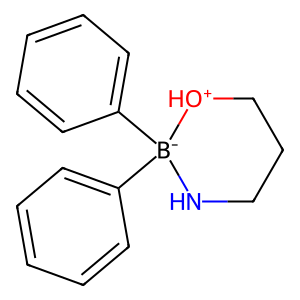
SMILES: c1ccc([B-]2(c3ccccc3)NCCC[OH+]2)cc1
Inhibits HIV replication: No